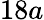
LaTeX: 18a